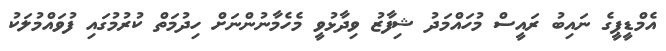
އެމްޑީޕީގެ ނައިބު ރައީސް މުހައްމަދު ޝިފާޒު ވިދާޅުވީ މެހެމާނުންނަށް ހިދުމަތް ކުރުމުގައި ފުވައްމުލަކު